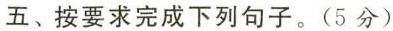
五、按要求完成下列句子.(5 分)